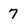
Character: 7